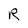
Character: R